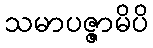
သမာပဇ္ဇာမိပိ